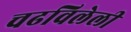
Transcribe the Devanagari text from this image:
चढविलेली